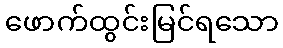
ဖောက်ထွင်းမြင်ရသော